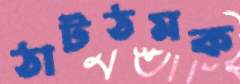
ঠাটঠমক